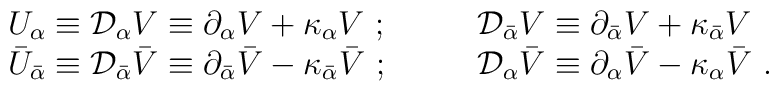
\begin{array}{ll}U_\alpha\equiv {\cal D}_{\alpha} V\equiv\partial_{\alpha} V+\kappa_{\alpha} V\ ;\qquad&{\cal D}_{\bar \alpha}V\equiv\partial_{\bar\alpha} V+\kappa_{\bar\alpha} V\\\bar U_{\bar \alpha}\equiv {\cal D}_{\bar\alpha}\bar V\equiv\partial_{\bar\alpha}\bar V-\kappa_{\bar\alpha}\bar V\ ;\qquad&{\cal D}_{\alpha}\bar V\equiv\partial_{\alpha}\bar V-\kappa_{\alpha}\bar V \ .\end{array}